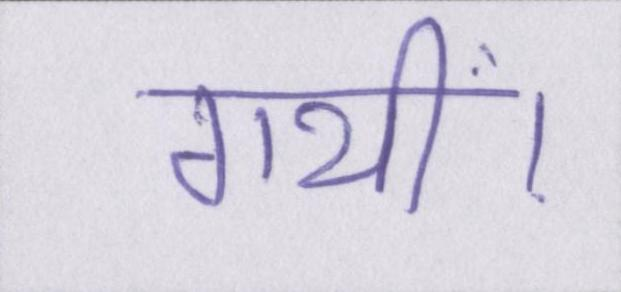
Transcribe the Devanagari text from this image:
गयीं।